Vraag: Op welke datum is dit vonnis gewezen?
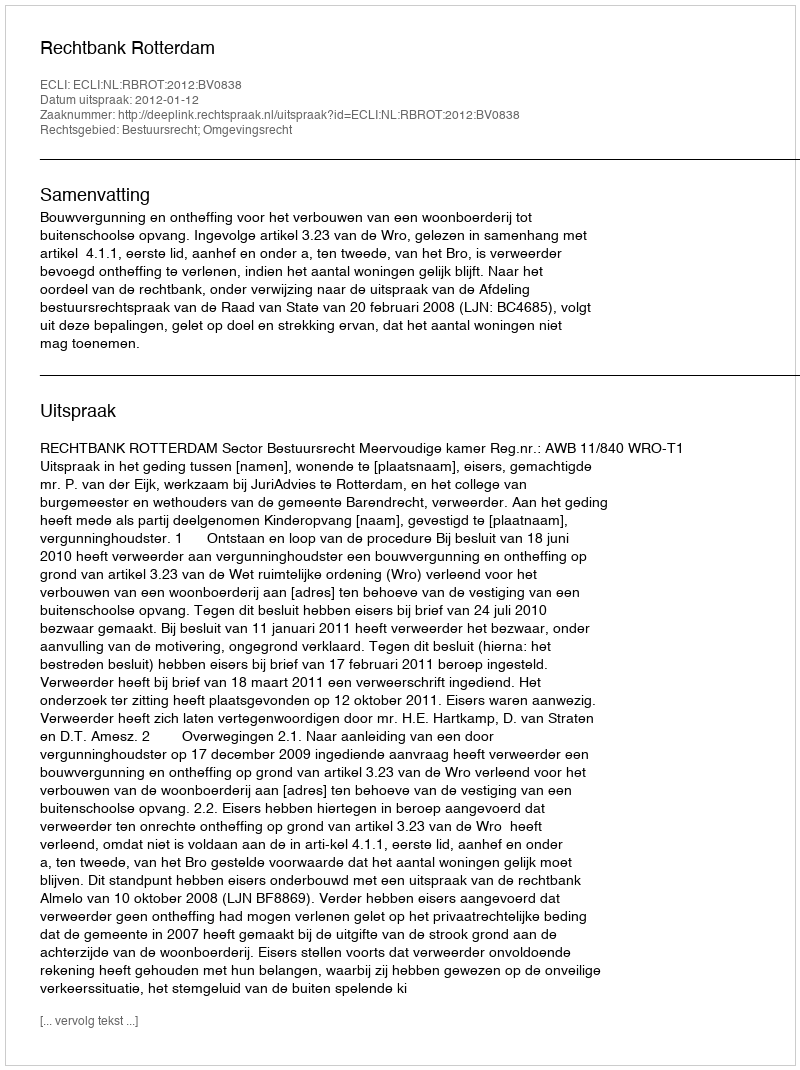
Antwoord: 2012-01-12